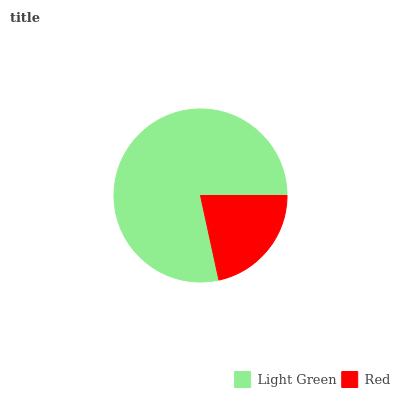
| Light Green | Red |
 | --- | --- |
 | 78.4% | 21.6% |